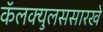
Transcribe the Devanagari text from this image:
कॅलक्युलससारखे